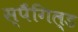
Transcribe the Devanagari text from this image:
स्पैंगिल्ड